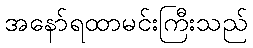
အနော်ရထာမင်းကြီးသည်